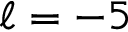
\ell = - 5